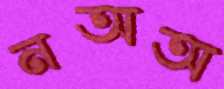
নঅঅ